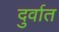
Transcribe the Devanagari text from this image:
दुर्वात